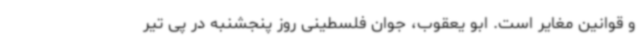
و قوانین مغایر است. ابو یعقوب، جوان فلسطینی روز پنجشنبه در پی تیر